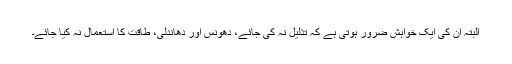
البتہ ان کی ایک خواہش ضرور ہوتی ہے کہ تذلیل نہ کی جائے، دھونس اور دھاندلی، طاقت کا استعمال نہ کیا جائے۔